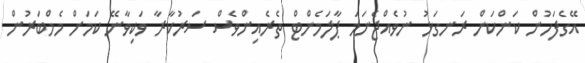
އޭގެފަހުން ކަންކަން ރަނގަޅު ނުވެއްޖެނަމަ ޕާލަމެންޓް ތެރެއިންވެސް ސަރުކާރާ ވަކިވާނޭ ކަމަށް މެމްބަރުން